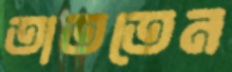
তাততেন